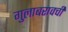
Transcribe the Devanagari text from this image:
गुलाबरावची